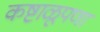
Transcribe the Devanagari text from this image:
कष्टाळूपणा